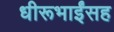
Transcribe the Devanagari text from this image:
धीरूभाईंसह